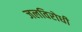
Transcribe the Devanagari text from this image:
जलविरोधी